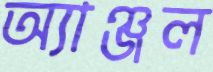
অ্যাঞ্জল